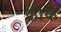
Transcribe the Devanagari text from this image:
फ़ीके